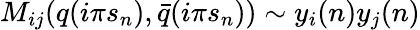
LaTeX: M_{ij}(q(i\pi s_{n}),\bar{q}(i\pi s_{n}))\sim y_{i}(n)y_{j}(n)